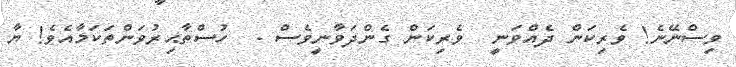
ވިސްނޭނެ! ވެރިކަން ދެއްވަނީ  ވެރިކަން ގެންދަވާނީވެސް .  ހުސްތާޙިރުވަންތަކަމާއެވެ! ޔާ